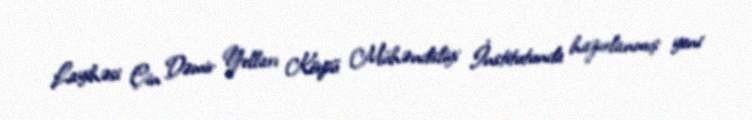
Layihəsi Çin Dəmir Yolları Körpü Mühəndisliyi İnstitutunda hazırlanmış yeni